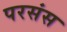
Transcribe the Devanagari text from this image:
परसंस